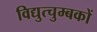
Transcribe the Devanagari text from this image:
विद्युत्चुम्बकों